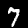
Label: 7